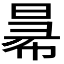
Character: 𢑢